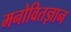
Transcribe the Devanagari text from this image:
मनोवितज्ञान